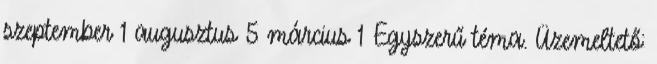
szeptember 1 augusztus 5 március 1 Egyszerű téma. Üzemeltető: